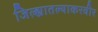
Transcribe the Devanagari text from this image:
जिल्ह्यातल्याकरवीर